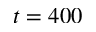
t = 4 0 0